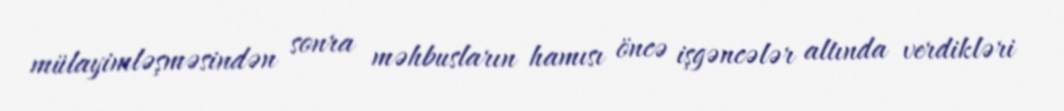
mülayimləşməsindən sonra məhbusların hamısı öncə işgəncələr altında verdikləri